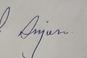
Signature authenticity: genuine